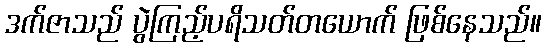
ဒက်ဇာသည် ပွဲကြည့်ပရိသတ်တယောက် ဖြစ်နေသည်။